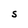
Character: S